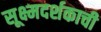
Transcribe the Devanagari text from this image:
सूक्ष्मदर्शकाची